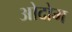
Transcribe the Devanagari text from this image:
ओदोम